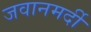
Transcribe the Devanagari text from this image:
जवानमर्दी